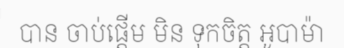
បាន ចាប់ផ្តើម មិន ទុកចិត្ត អូបាម៉ា